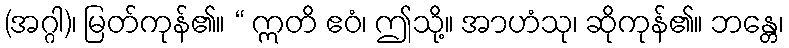
(အဂ္ဂါ)၊ မြတ်ကုန်၏။ “ ဣတိ ဧဝံ၊ ဤသို့။ အာဟံသု၊ ဆိုကုန်၏။ ဘန္တေ၊